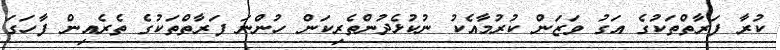
ކުރާ ފަރާތްތަކުގެ އަގު ވަޒަން ކުރުމާއެކު ނުކުޅެދުންތެރިކަން ހުންނަ ފަރާތްތަކުގެ ތެރެއިން ފާހަގަ